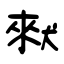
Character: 猌